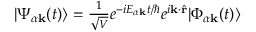
\begin{array} { r } { | \Psi _ { \alpha \mathbf { k } } ( t ) \rangle = \frac { 1 } { \sqrt { V } } e ^ { - i E _ { \alpha \mathbf { k } } t / \hbar } e ^ { i \mathbf { k } \cdot \hat { \mathbf { r } } } | \Phi _ { \alpha \mathbf { k } } ( t ) \rangle } \end{array}